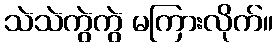
သဲသဲကွဲကွဲ မကြားလိုက်။